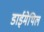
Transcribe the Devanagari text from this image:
डाईमेथिल